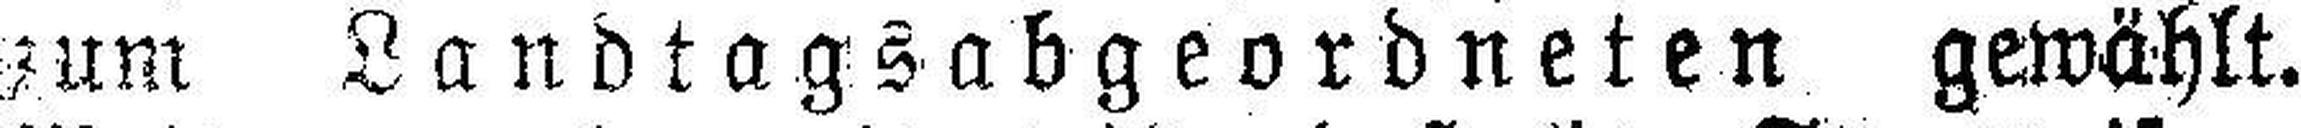
zum Landtagsabgeordneten gewählt.